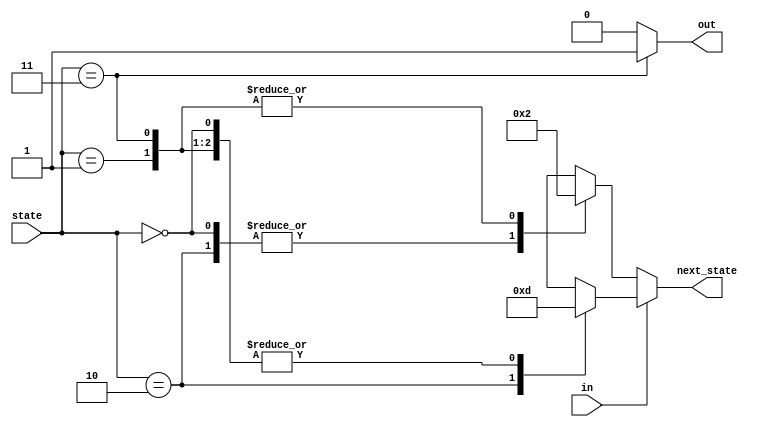
module top_module(
    input in,
    input [1:0] state,
    output [1:0] next_state,
    output out); //

    parameter A=0, B=1, C=2, D=3;

    // State transition logic: next_state = f(state, in)
    always @ (*)
        if(in) 
            case(state)
                A: next_state = B;
                B: next_state = B;
                C: next_state = D;
                D: next_state = B;
            endcase
        else 
            case(state)
                A: next_state = A;
                B: next_state = C;
                C: next_state = A;
                D: next_state = C;
            endcase
    
    // Output logic:  out = f(state) for a Moore state machine
    always @ (*)
        case(state)
            D: out = 1;
            default: out = 0;
        endcase

endmodule